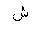
Letter: _shin